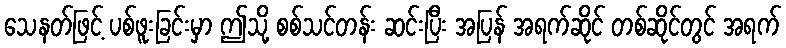
သေနတ်ဖြင့် ပစ်ဖူးခြင်းမှာ ဤသို့ စစ်သင်တန်း ဆင်းပြီး အပြန် အရက်ဆိုင် တစ်ဆိုင်တွင် အရက်